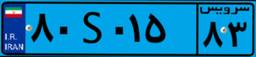
۸۰S۰۱۵۸۳